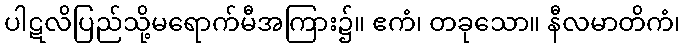
ပါဋလိပြည်သို့မရောက်မီအကြား၌။ ဧကံ၊ တခုသော။ နီလမာတိကံ၊